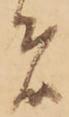
者